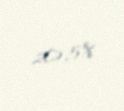
20,5%